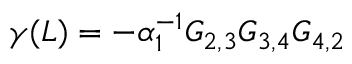
\gamma ( L ) = - \alpha _ { 1 } ^ { - 1 } G _ { 2 , 3 } G _ { 3 , 4 } G _ { 4 , 2 }